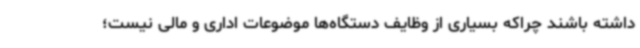
داشته باشند چراکه بسیاری از وظایف دستگاه‌ها موضوعات اداری و مالی نیست؛